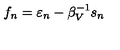
f _ { n } = \varepsilon _ { n } - \beta _ { V } ^ { - 1 } s _ { n }